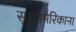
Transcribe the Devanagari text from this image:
सुडअमेरिकाना